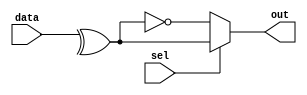
module oddParity (data, sel, out);

input [7:0] data;
input sel; //odd or even parity
output out;
wire odd;
reg out_reg;

assign  odd = ^data; 

always @(*) begin

    if (sel) begin
        out_reg = odd;
    end

    else begin
        out_reg = ~odd;
    end
    
end

assign out = out_reg;

endmodule